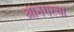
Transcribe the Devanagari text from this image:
श्रीनगरचा